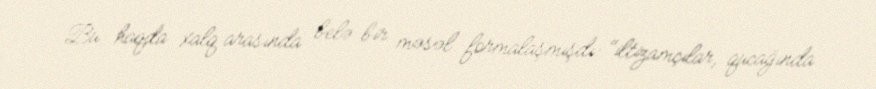
Bu haqda xalq arasında belə bir məsəl formalaşmışdı: "iltizamçılar, qucağında